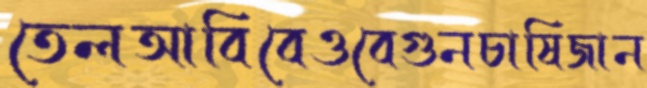
তেলআবিবেওবেগুনচাষিজান